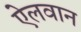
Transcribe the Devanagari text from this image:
ऐलवान